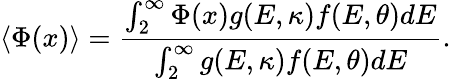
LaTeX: \left\langle{\Phi(x)}\right\rangle=\frac{{\int_{2}^{\infty}{\Phi(x)g(E,\kappa)f(E,\theta)dE}}}{{\int_{2}^{\infty}{g(E,\kappa)f(E,\theta)dE}}}.